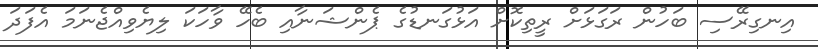
އިނގިރޭސި ބަހުން ރަގަޅަށް ރީތިކޮށް އަޅުގަނޑުގެ ޕެންޝަނާއި ބެހޭ ވާހަކަ ލިޔެވިއްޖެނަމަ އެފަދަ